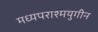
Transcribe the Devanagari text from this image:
मध्यपराश्मयुगीन